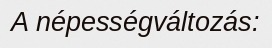
A népességváltozás: